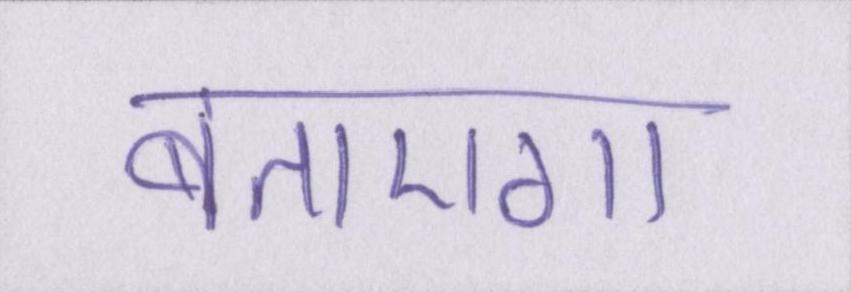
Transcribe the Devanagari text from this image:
बताएगा